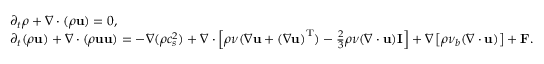
\begin{array} { l } { { \partial _ { t } } \rho + \nabla \cdot ( \rho { \bf { u } } ) = 0 , } \\ { { \partial _ { t } } ( \rho { \bf { u } } ) + \nabla \cdot ( \rho { \bf { u u } } ) = - \nabla ( \rho c _ { s } ^ { 2 } ) + \nabla \cdot \left[ { \rho \nu ( \nabla { \bf { u } } + { { ( \nabla { \bf { u } } ) } ^ { \mathrm { T } } } ) - \frac { 2 } { 3 } \rho \nu ( \nabla \cdot { \bf { u } } ) { \bf { I } } } \right] + \nabla \left[ { \rho { \nu _ { b } } ( \nabla \cdot { \bf { u } } ) } \right] + { \bf { F } } . } \end{array}